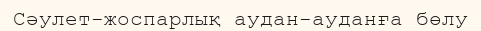
Сәулет-жоспарлық аудан-ауданға бөлу